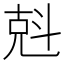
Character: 𠒚